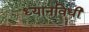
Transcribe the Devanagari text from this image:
ध्यानविधी